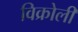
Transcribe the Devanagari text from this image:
विक्रोली